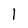
Character: 1